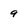
Character: 9